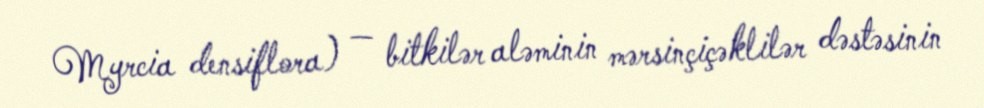
Myrcia densiflora) — bitkilər aləminin mərsinçiçəklilər dəstəsinin